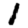
Digit: 1